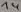
Text: 14